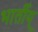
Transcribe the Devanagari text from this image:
भार्तीय्